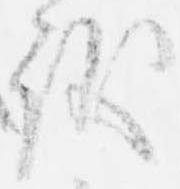
議